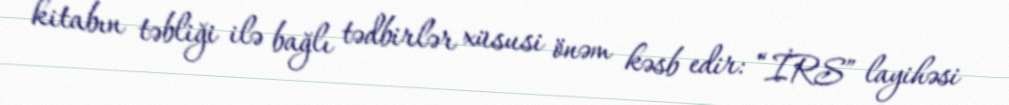
kitabın təbliği ilə bağlı tədbirlər xüsusi önəm kəsb edir: “İRS” layihəsi